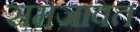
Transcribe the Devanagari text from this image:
समजावत